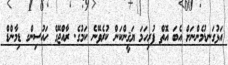
އަޅުގަނޑުމެންނަށް އެބަ އޮތް ފުރިހަމަ ޔަޤީންކަން ކުރެވޭނެ ކަމުގެ. ރާއްޖޭގެ ހައުސިންގ ޑިމާންޑް